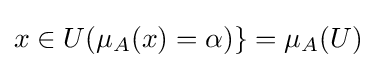
x\in U(\mu _{A}(x)=\alpha )\}=\mu _{A}(U)